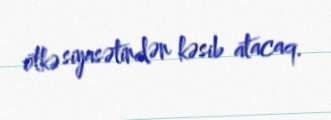
ölkə siyasətindən kəsib atacaq.